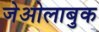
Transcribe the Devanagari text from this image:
जेओलाबुक